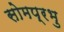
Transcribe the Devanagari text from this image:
सोमप्रभु